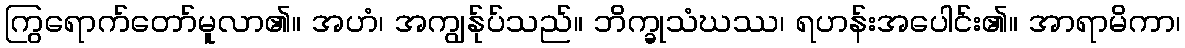
ကြွရောက်တော်မူလာ၏။ အဟံ၊ အကျွန်ုပ်သည်။ ဘိက္ခုသံဃဿ၊ ရဟန်းအပေါင်း၏။ အာရာမိကာ၊